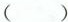
( )